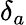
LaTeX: \delta_{a}